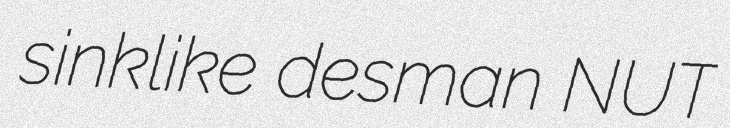
sinklike desman NUT